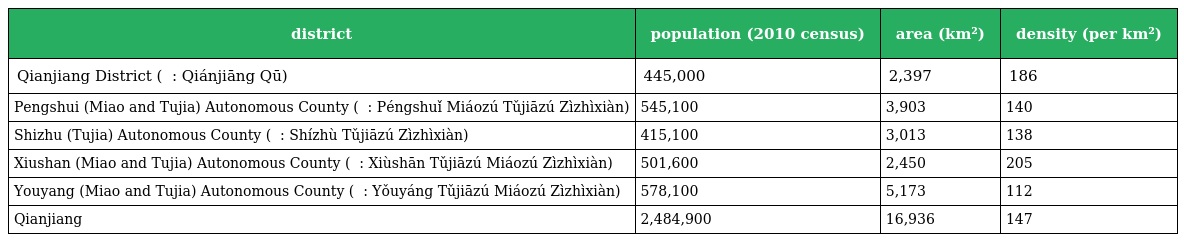
| district | population (2010 census) | area (km²) | density (per km²) |
 | --- | --- | --- | --- |
 | Qianjiang District ( 黔江区 : Qiánjiāng Qū) | 445,000 | 2,397 | 186 |
 | Pengshui (Miao and Tujia) Autonomous County ( 彭水苗族土家族自治县 : Péngshuǐ Miáozú Tǔjiāzú Zìzhìxiàn) | 545,100 | 3,903 | 140 |
 | Shizhu (Tujia) Autonomous County ( 石柱土家族自治县 : Shízhù Tǔjiāzú Zìzhìxiàn) | 415,100 | 3,013 | 138 |
 | Xiushan (Miao and Tujia) Autonomous County ( 秀山土家族苗族自治县 : Xiùshān Tǔjiāzú Miáozú Zìzhìxiàn) | 501,600 | 2,450 | 205 |
 | Youyang (Miao and Tujia) Autonomous County ( 酉阳土家族苗族自治县 : Yǒuyáng Tǔjiāzú Miáozú Zìzhìxiàn) | 578,100 | 5,173 | 112 |
 | Qianjiang | 2,484,900 | 16,936 | 147 |